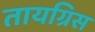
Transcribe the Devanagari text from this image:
तायग्रिस